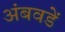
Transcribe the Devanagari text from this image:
अंबवडें